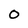
Character: O